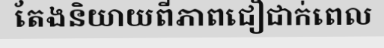
តែងនិយាយពីភាពជឿជាក់ពេល